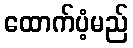
ထောက်ပံ့မည်